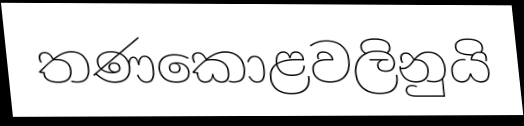
තණකොළවලිනුයි